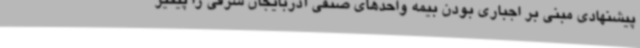
پیشنهادی مبنی بر اجباری بودن بیمه واحدهای صنفی آذربایجان شرقی را پیگیر